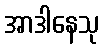
အာဒါနေသု